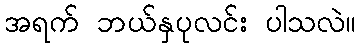
အရက် ဘယ်နှပုလင်း ပါသလဲ။